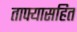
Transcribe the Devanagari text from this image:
ताफ्यासहित